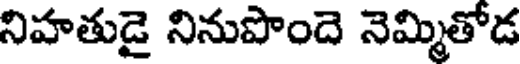
నిహతుడై నినుపొందె నెమ్మితోడ